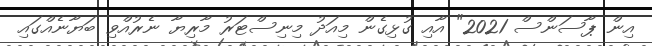
އިން ޕާސަންސް 2021" އާއި ގުޅިގެން މިއަދު މިނިސްޓަރު މާރިޔާ ނެރުއްވި ބަޔާނެއްގައި